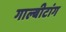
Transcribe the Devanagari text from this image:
गाल्बीटांग